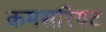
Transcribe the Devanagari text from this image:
कमसरियट